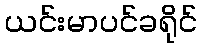
ယင်းမာပင်ခရိုင်